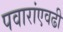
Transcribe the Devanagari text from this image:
पवारांएवढी